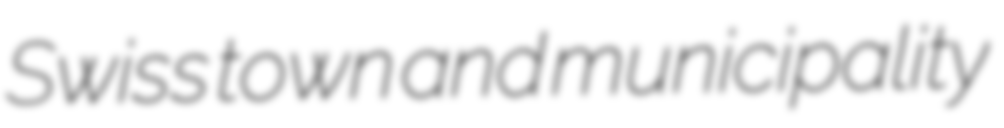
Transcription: Swiss town and municipality